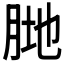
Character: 𱼆